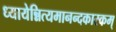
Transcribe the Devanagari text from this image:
ध्यायेन्नित्यमानन्दकारकम्